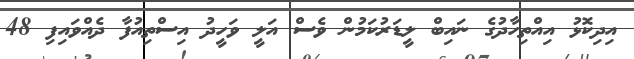
އިދިކޮޅު އިއްތިހާދުގެ ނައިބް ލީޑަރުކަމުން ވެސް އަލީ ވަހީދު އިސްތިއުފާ ދެއްވައިފި 48